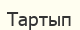
Тартып